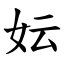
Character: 妘